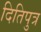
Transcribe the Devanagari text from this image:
दितिपुत्र